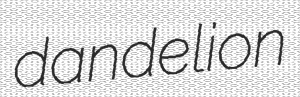
dandelion